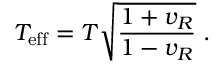
T _ { \mathrm { e f f } } = T \sqrt { \frac { 1 + v _ { R } } { 1 - v _ { R } } } \; .